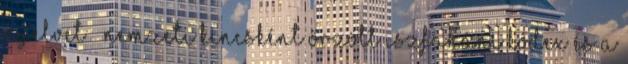
nyelvet – Nemzeti kincsként őrzött Iszfaháni kódex és a